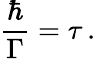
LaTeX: \frac{\hbar}{\Gamma}=\tau\, .